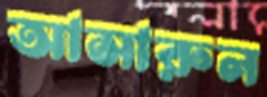
আসারুল